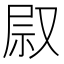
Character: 叞